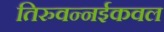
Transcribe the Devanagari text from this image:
तिरुवन्नईकवल